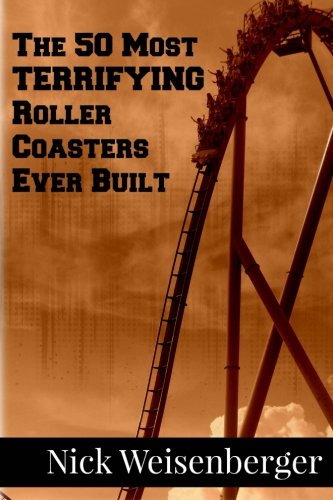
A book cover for The 50 Most Terrifying Roller Coasters Ever Built; Nick Weisenberger; Travel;